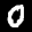
Label: 0